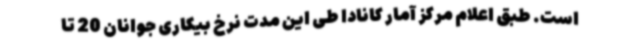
است. طبق اعلام مرکز آمار کانادا طی این مدت نرخ بیکاری جوانان 20 تا